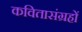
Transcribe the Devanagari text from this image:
कवितासंग्रहों